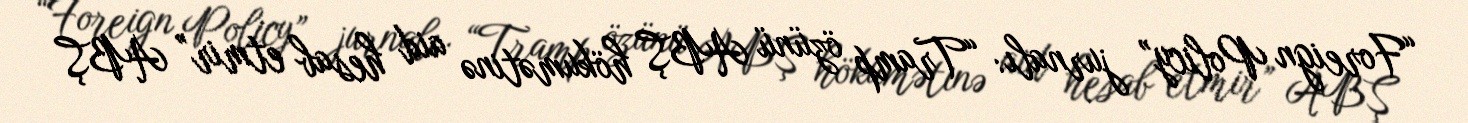
“Foreign Policy” jurnalı: “Tramp özünü ABŞ hökumətinə aid hesab etmir” ABŞ